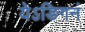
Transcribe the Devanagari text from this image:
येऽङिगनं